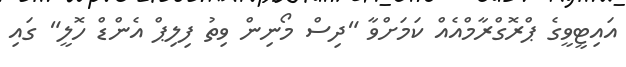
އައިޓީވީގެ ޕްރޮގްރާމްއެއް ކަމަށްވާ "ދިސް މޯނިން ވިތު ފިލިޕް އެންޑް ހޮލީ" ގައި